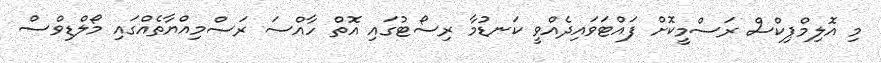
މި އޮލިމްޕިކްސް ރަސްމީކޮށް ފައްޓަވައިދެއްވީ ކަނޑުމާ ރިސޯޓުގައި އޮތް ހާއްސަ ރަސްމިއްޔާތެއްގައި މޯލްޑިވްސް